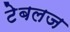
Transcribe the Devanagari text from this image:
टेबलज